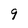
Character: 9